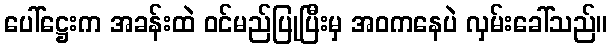
ပေါ်ဋ္ဌေးက အခန်းထဲ ဝင်မည်ပြုပြီးမှ အဝကနေပဲ လှမ်းခေါ်သည်။